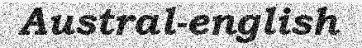
Austral-english